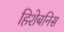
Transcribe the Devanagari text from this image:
हिशेबनिस